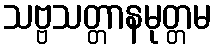
သဗ္ဗသတ္တာနမုတ္တမ